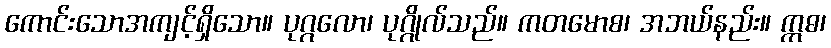
ကောင်းသောအကျင့်ရှိသော။ ပုဂ္ဂလော၊ ပုဂ္ဂိုလ်သည်။ ကတမောစ၊ အဘယ်နည်း။ ဣဓ၊